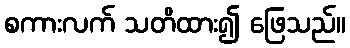
စကားလက် သတိထား၍ ဖြေသည်။